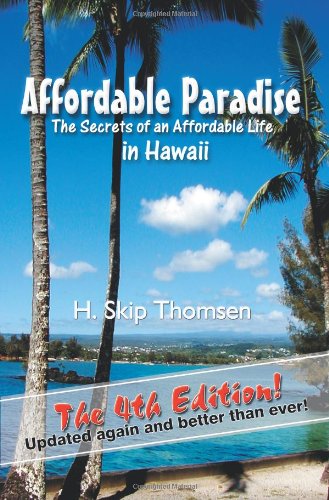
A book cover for Affordable Paradise: The Secrets of an Affordable Life in Hawaii; H. Skip Thomsen; Travel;